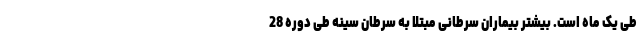
طی یک ماه است. بیشتر بیماران سرطانی مبتلا به سرطان سینه طی دوره 28